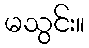
မသွင်း။